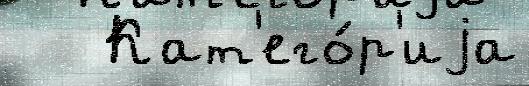
   Кат'его́р'иjа